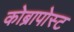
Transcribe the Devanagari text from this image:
कोब्रापोस्ट